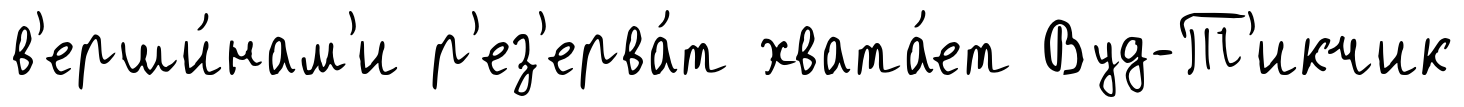
в'ерши́нам'и р'ез'ерва́т хвата́ет Вуд-Т'икчик